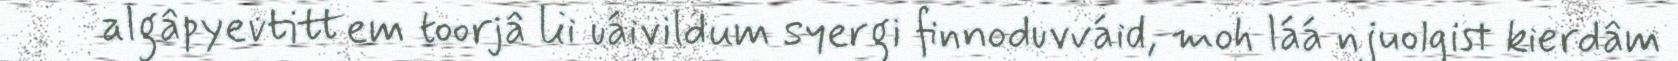
algâpyevtittem toorjâ lii uáivildum syergi finnoduvváid, moh láá njuolgist kierdâm